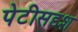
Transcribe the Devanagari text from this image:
पेटीसदृश